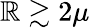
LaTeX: \mathbb{R}\gtrsim2\mu